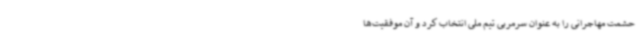
حشمت مهاجرانی را به عنوان سرمربی تیم ملی انتخاب کرد و آن موفقیت‌ها